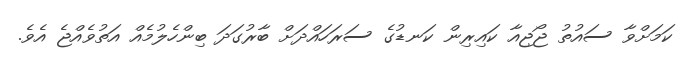
ކަމަށްވާ ސައުތު ޖޯޖިއާ ކައިރިން ކަނޑުގެ ސަރަހައްދަށް ބާރުގަދަ ބިންހެލުމެއް އަތުވެއްޖެ އެވެ.